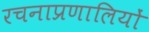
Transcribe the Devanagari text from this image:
रचनाप्रणालियों